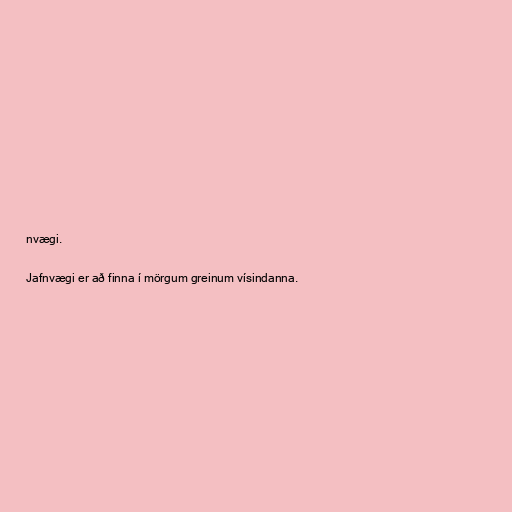
nvægi.

Jafnvægi er að finna í mörgum greinum vísindanna.